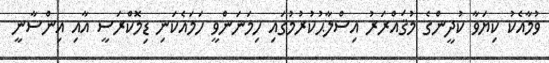
ވުމާއެކު ކިޔަވާ ކުދީންގެ މުޤައްރަރު އިސްލާޙުކުރުމުގައި ހިމަނަންވީ ހަމައެކަނި ޑިމޮކްރަސީ އާއި އިންސާނީ